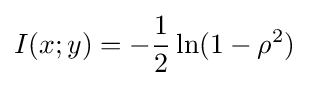
I(x;y)=-{1 \over 2}\ln(1-\rho ^{2})